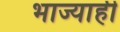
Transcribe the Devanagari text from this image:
भाज्याही